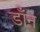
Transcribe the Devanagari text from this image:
डाँन